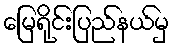
မြေရိုင်းပြည်နယ်မှ